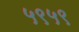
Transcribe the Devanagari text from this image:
५९५९